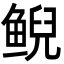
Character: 鲵